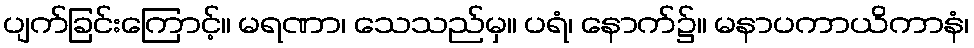
ပျက်ခြင်းကြောင့်။ မရဏာ၊ သေသည်မှ။ ပရံ၊ နောက်၌။ မနာပကာယိကာနံ၊